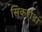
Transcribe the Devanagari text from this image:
सिकरोडा